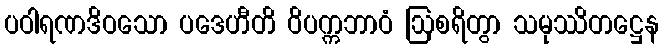
ပဝါရဏဒိဝသော ပဒေဟီတိ ဝိပက္ကဘာဝံ ဩစရိတွာ သမုဿိတဋ္ဌေန